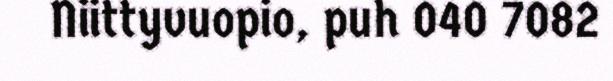
Niittyvuopio, puh 040 7082